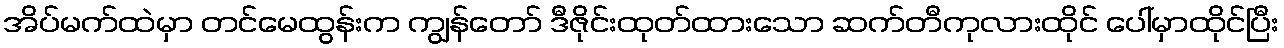
အိပ်မက်ထဲမှာ တင်မေထွန်းက ကျွန်တော် ဒီဇိုင်းထုတ်ထားသော ဆက်တီကုလားထိုင် ပေါ်မှာထိုင်ပြီး